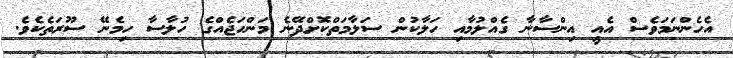
އެހެންނަމަވެސް އެއީ އިންސާނާ ގެއްލުމާއި ހަލާކުން ސަލާމަތްކޮށްދޭނެ މަންހަޖެއްގެ ހުލާސާ ހިމެނޭ ސޫރަތެކެވެ.